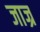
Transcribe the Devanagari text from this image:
जाज्र